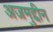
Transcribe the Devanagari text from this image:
अजमुद्दीन